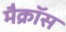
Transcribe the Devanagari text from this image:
मैक्रॉस